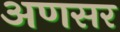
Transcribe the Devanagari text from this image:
अणसर